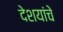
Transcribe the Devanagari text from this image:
देशयांचे